Lunatic asylums United Provinces 1899-1908 - 1899-1908
Year: 1899
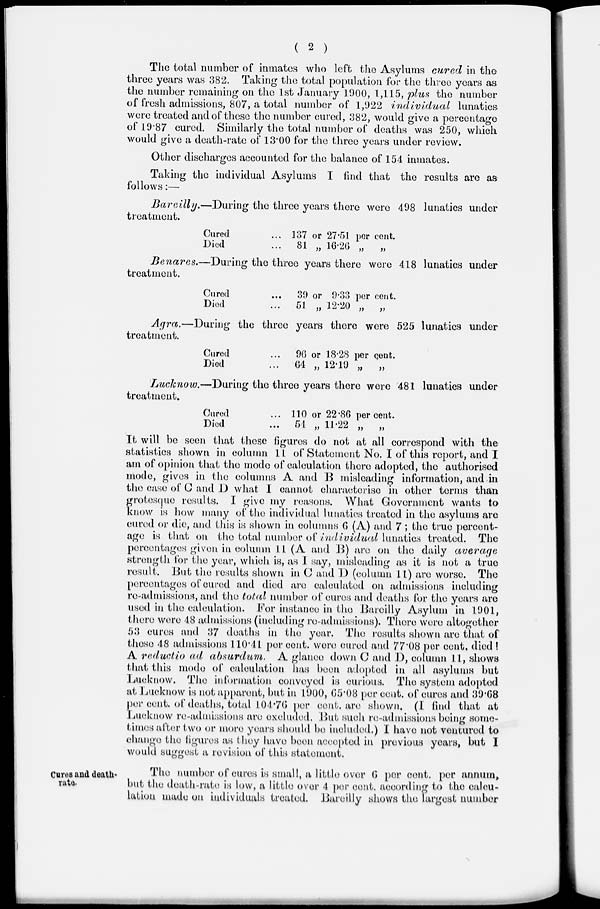
( 2 )
The total number of inmates who left the Asylums cured in the
three years was 382. Taking the total population for the three years as
the number remaining on the 1st January 1900, 1,115, plus the number
of fresh admissions, 807, a total number of 1,922 individual
lunatics
were treated and of these the number cured, 382, would give a percentage
of 19.87 cured. Similarly the total number of deaths was 250, which
would give a death-rate of 13.00 for the three years under review.
Other discharges accounted for the balance of 154 inmates.
Taking the individual Asylums I find that the results are as
follows:—
Bareilly.—During
the three years there were 498 lunatics under
treatment.
Cured ...
Died ...
137 or 27.51 per cent.
81 „ 16.26 „
„
Benares.—During
the three years there were 418 lunatics under
treatment.
Cured ...
Died ...
39 or 9.33 per cent.
51 „ 12.20 „
„
Agra.—During
the three years there were 525 lunatics under
treatment.
Cured ...
Died ...
96 or 18.28 per cent.
64 „ 12.19 „
„
Lucknow.—During
the three years there were 481 lunatics under
treatment.
Cured ...
Died ...
110 or 22.86 per cent.
54 „ 11.22 „ „
It will be seen that these figures do not at all correspond with the
statistics shown in column 11 of Statement No. I of this report, and I
am of opinion that the mode of calculation there adopted, the authorised
mode, gives in the columns A and B misleading information, and in
the case of C and D what I cannot characterise in other terms than
grotesque results. I give my reasons. What Government wants to
know is how many of the individual lunatics treated in the asylums are
cured or die, and this is shown in columns 6 (A) and 7; the true percent-
age is that on the total number of individual lunatics treated. The
percentages given in column 11 (A and B) are on the daily
average
strength for the year, which is, as I say, misleading as it is not a true
result. But the results shown in C and D (column 11) are worse. The
percentages of cured and died are calculated on admissions including
re-admissions, and the total number of cures and deaths for the years are
used in the calculation. For instance in the Bareilly Asylum in 1901,
there were 48 admissions (including re-admissions). There were altogether
53 cures and 37 deaths in the year. The results shown are that of
these 48 admissions 11.0.41 per cent. were cured and 77.08 per cent. died!
A reductio ad absurdum.
A glance down C and D, column 11, shows
that this mode of calculation has been adopted in all asylums but
Lucknow. The information conveyed is curious. The system adopted
at Lucknow is not apparent, but in 1900, 65.08 per cent. of cures and 39.68
per cent. of deaths, total 104.76 per cent. are shown. (I find that at
Lucknow re-admissions are excluded. But such re-admissions being some-
times after two or more years should be included.) I have not ventured to
change the figures as they have been accepted in previous years, but I
would suggest a revision of this statement.
Cures and death-
rate.
The number of cures is small, a little over 6 per cent. per annum,
but the death-rate is low, a little over 4 per cent. according to the calcu-
lation made on individuals treated. Bareilly shows the largest number